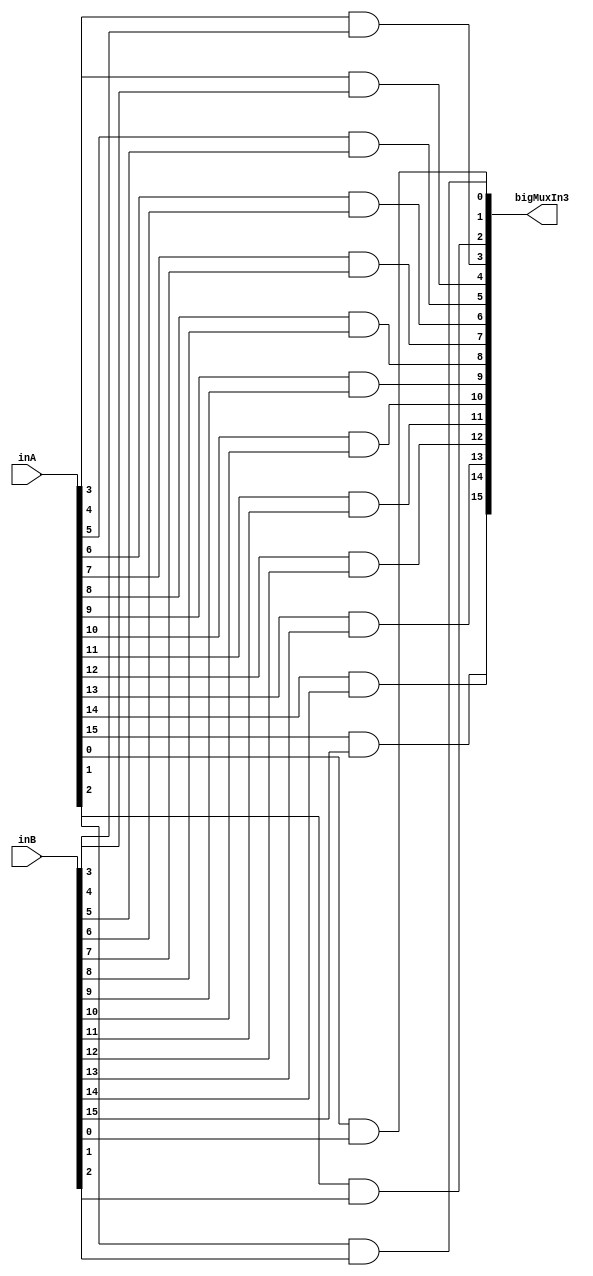
module AndModule(bigMuxIn3, inA, inB);

    output [15:0] bigMuxIn3;
    input [15:0] inA;
    input [15:0] inB;

    and(bigMuxIn3[0], inA[0], inB[0]);
    and(bigMuxIn3[1], inA[1], inB[1]);
    and(bigMuxIn3[2], inA[2], inB[2]);
    and(bigMuxIn3[3], inA[3], inB[3]);
    and(bigMuxIn3[4], inA[4], inB[4]);
    and(bigMuxIn3[5], inA[5], inB[5]);
    and(bigMuxIn3[6], inA[6], inB[6]);
    and(bigMuxIn3[7], inA[7], inB[7]);
    and(bigMuxIn3[8], inA[8], inB[8]);
    and(bigMuxIn3[9], inA[9], inB[9]);
    and(bigMuxIn3[10], inA[10], inB[10]);
    and(bigMuxIn3[11], inA[11], inB[11]);
    and(bigMuxIn3[12], inA[12], inB[12]);
    and(bigMuxIn3[13], inA[13], inB[13]);
    and(bigMuxIn3[14], inA[14], inB[14]);
    and(bigMuxIn3[15], inA[15], inB[15]);

endmodule